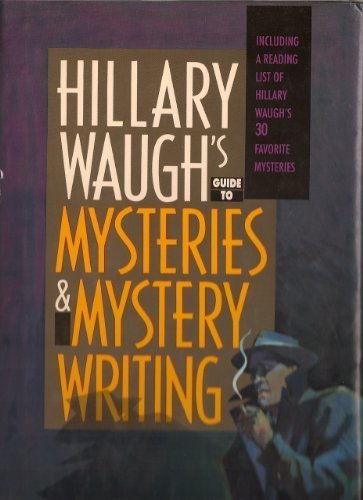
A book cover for Hillary Waugh's Guide to Mysteries & Mystery Writing; Hillary Waugh; Mystery, Thriller & Suspense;